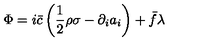
\Phi = i \bar { c } \left( \frac { 1 } { 2 } \rho \sigma - \partial _ { i } a _ { i } \right) + \bar { f } \lambda